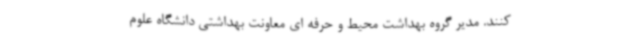
کنند. مدیر گروه بهداشت محیط و حرفه ای معاونت بهداشتی دانشگاه علوم